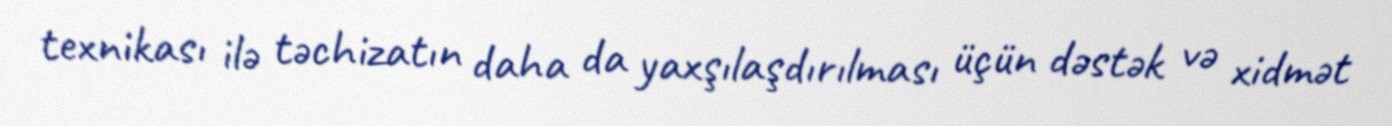
texnikası ilə təchizatın daha da yaxşılaşdırılması üçün dəstək və xidmət